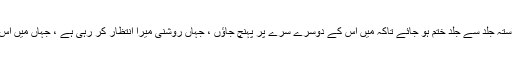
اب میں چاہتا ہوں یہ طویل سنسان راستہ جلد سے جلد ختم ہو جائے تاکہ میں اس کے دوسرے سرے پر پہنچ جاؤں ، جہاں روشنی میرا انتظار کر رہی ہے ، جہاں میں اس اتھاہ تاریکی سے نجات پا جاؤں گا۔